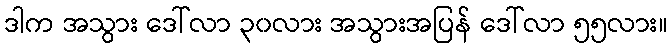
ဒါက အသွား ဒေါ်လာ ၃၀လား အသွားအပြန် ဒေါ်လာ ၅၅လား။